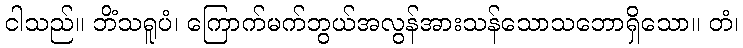
ငါသည်။ ဘိံသရူပံ၊ ကြောက်မက်ဘွယ်အလွန်အားသန်သောသဘောရှိသော။ တံ၊